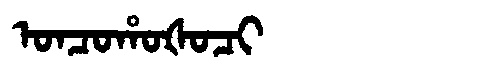
Manchu: ᠣᠨᠴᠣᡥᠣᡧᠣᠴᡳ
Romanization: ONCOHOŠOCI